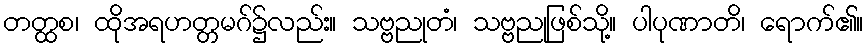
တတ္ထစ၊ ထိုအရဟတ္တမဂ်၌လည်း။ သဗ္ဗညုတံ၊ သဗ္ဗညုဖြစ်သို့။ ပါပုဏာတိ၊ ရောက်၏။